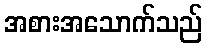
အစားအသောက်သည်